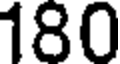
180